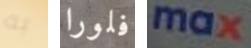
به فلورا max